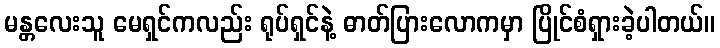
မန္တလေးသူ မေရှင်ကလည်း ရုပ်ရှင်နဲ့ ဓာတ်ပြားလောကမှာ ပြိုင်စံရှားခဲ့ပါတယ်။